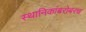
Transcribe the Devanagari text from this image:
स्थानिकांबरोबरच